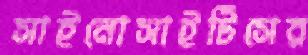
সাইনোসাইটিসের